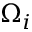
\Omega _ { i }